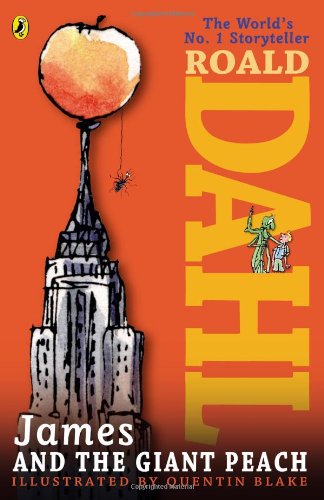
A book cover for James and the Giant Peach; Roald Dahl; Literature & Fiction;